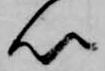
以